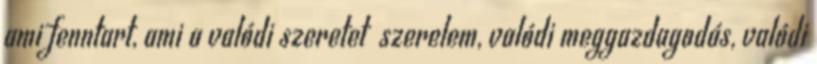
ami fenntart, ami a valódi szeretet szerelem, valódi meggazdagodás, valódi